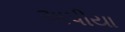
અપીયા